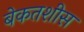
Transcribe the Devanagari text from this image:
बेकतशीस